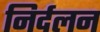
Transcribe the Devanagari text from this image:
निर्दलन